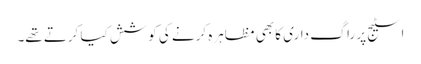
اسٹیج پر راگ داری کا بھی مظاہرہ کرنے کی کوشش کیا کرتے تھے۔